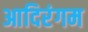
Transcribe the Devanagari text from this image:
आदिरंगम